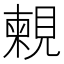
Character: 𧡴